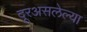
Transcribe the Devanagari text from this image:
दूरअसलेल्या